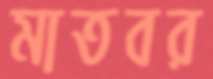
মাতবর